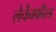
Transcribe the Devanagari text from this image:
लेर्चेंनफील्ड